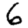
Digit: 6